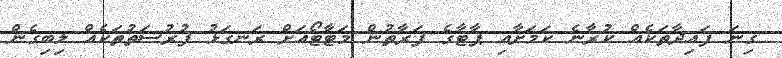
ގިނަ ފައިދާތަކެއް ކުރާނެ ކަމަށާއި ޕާޓާގެ ފަރާތުން މަޓާޓޯއަށް ރަނގަޅު ފުރުސަތުތަކެއް ލިބިގެން